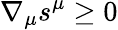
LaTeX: \nabla_{\mu}s^{\mu}\geq 0